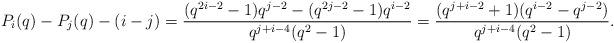
LaTeX: \begin{align*} P_i(q) - P_j(q) - (i-j) & = \frac{(q^{2i-2}-1)q^{j-2} - (q^{2j-2}-1)q^{i-2}}{q^{j+i-4}(q^2-1)} = \frac{ (q^{j+i-2}+1)( q^{i-2}- q^{j-2})}{q^{j+i-4}(q^2-1)}.\end{align*}